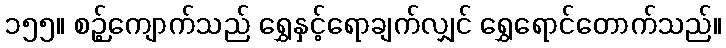
၁၅၅။ စဉ့်ကျောက်သည် ရွှေနှင့်ရောချက်လျှင် ရွှေရောင်တောက်သည်။